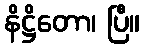
နိဋ္ဌိတော၊ ပြီ။